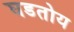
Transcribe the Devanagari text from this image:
घडतोय